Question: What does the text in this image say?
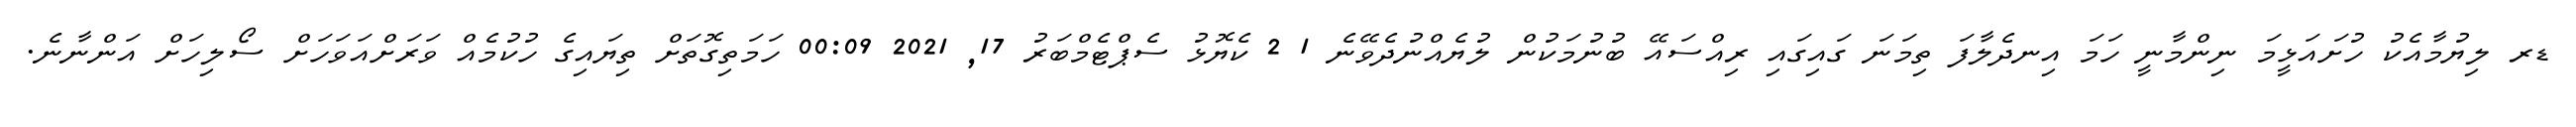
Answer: ޑރ ލިޔުމާއެކު ހުށައަޅީމަ ނިންމާނީ ހަމަ އިނދެލާފަ ތިމަނަ ގައިގައި ރިއްސައޭ ބުނުމަކުން ލުޔެއްނުދެވޭނެ 1 2 ކެޔޮޅު ސެޕްޓެމްބަރު 17, 2021 00:09 ހަމަތިގޮތަށް ތިޔައިގެ ހުކުމެއް ވަރަށްއަވަހަށް ސޯލިހަށް އަންނާނެ.